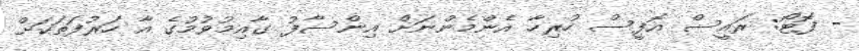
- ފޮޓޯ: ރައީސް އޮފީސް ހުރިހާ އެންމެންނަށް އިންސާފު ގާއިމުވުމުގެ އާ ހަރުފަތަކަށް